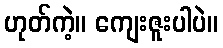
ဟုတ်ကဲ့။ ကျေးဇူးပါပဲ။